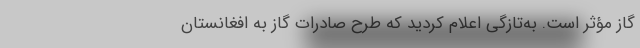
گاز مؤثر است. به‌تازگی اعلام کردید که طرح صادرات گاز به افغانستان